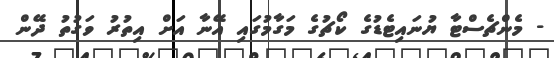
- މެންޗެސްޓާ ޔުނައިޓެޑުގެ ކޯޗުގެ މަގާމުގައި އޭނާ އަށް އިތުރު ވަގުތު ދޭން